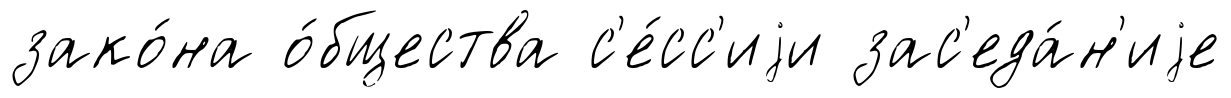
зако́на о́бщества с'е́сс'иjи зас'еда́н'иjе